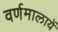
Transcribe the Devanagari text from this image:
वर्णमालायें